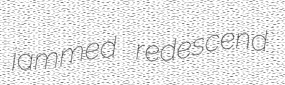
jammed redescend